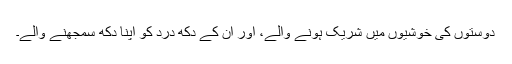
دوستوں کی خوشیوں میں شریک ہونے والے، اور ان کے دکھ درد کو اپنا دکھ سمجھنے والے۔